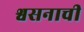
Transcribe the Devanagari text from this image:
श्वसनाची